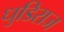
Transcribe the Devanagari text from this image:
धुडिराज